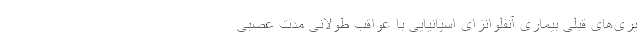
یری‌های قبلی بیماری آنفلوانزای اسپانیایی با عواقب طولانی مدت عصبی